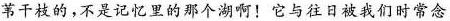
苇干枝的，不是记忆里的那个湖啊！它与往日被我们时常念